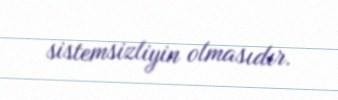
sistemsizliyin olmasıdır.